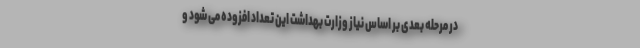
در مرحله بعدی بر اساس نیاز وزارت بهداشت این تعداد افزوده می شود و